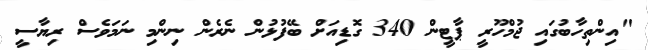
"އިންތިހާބުގައި ޖުމްހޫރީ ޕާޓީން 340 ގޮޑިއަށް ބޭފުޅުން ނެރެން ނިންމި ނަމަވެސް ރިޔާސީ